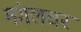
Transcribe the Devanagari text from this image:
मंगलवर